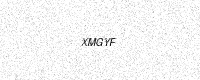
Text: XMGYF